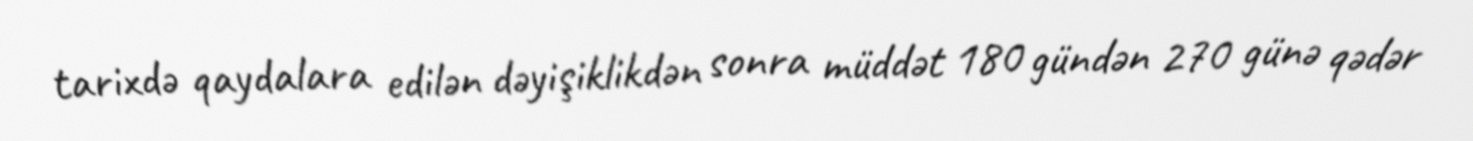
tarixdə qaydalara edilən dəyişiklikdən sonra müddət 180 gündən 270 günə qədər